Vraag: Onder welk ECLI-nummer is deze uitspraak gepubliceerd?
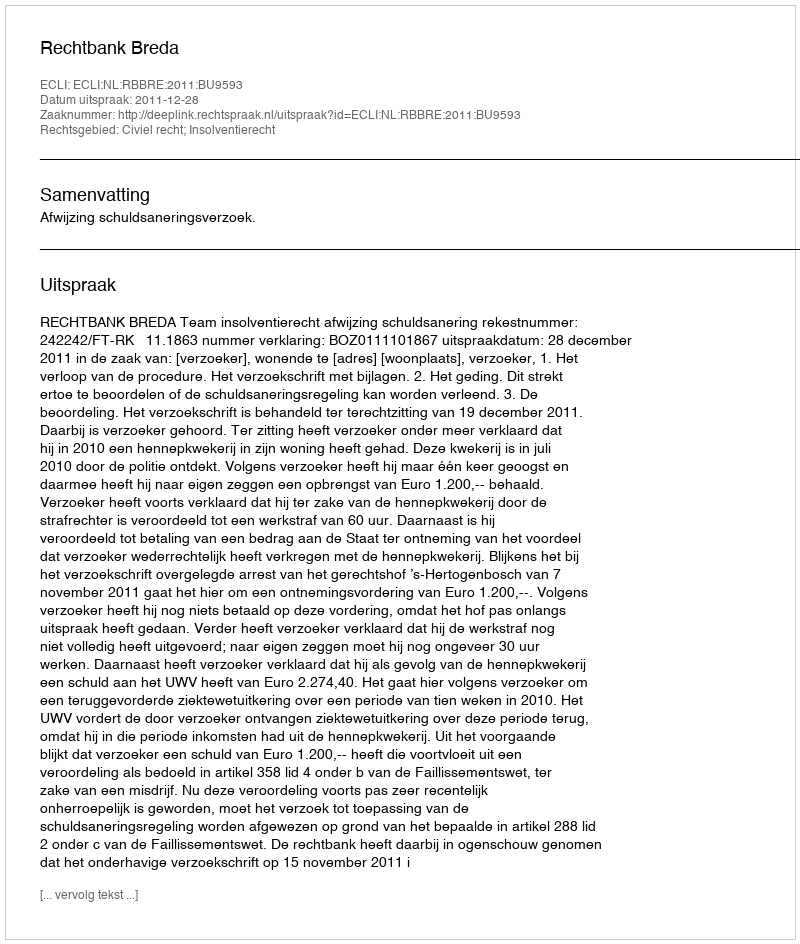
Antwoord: ECLI:NL:RBBRE:2011:BU9593